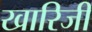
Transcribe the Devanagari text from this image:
खारिजी